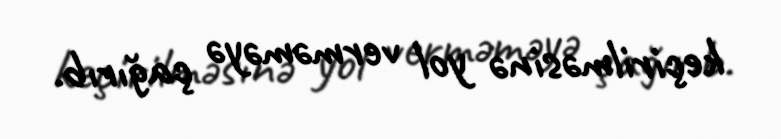
keçirilməsinə yol verməməyə çağırıb.